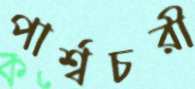
পার্শ্বচরী